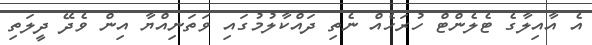
އެ އާއިލާގެ ޓެލެންޓް ހުރަހެއް ނެތި ދައްކާލުމުގައި ވަތަނިއްޔާ އިން ވެދޭ ދީލަތި